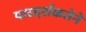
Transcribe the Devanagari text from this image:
पारदर्शकतेने